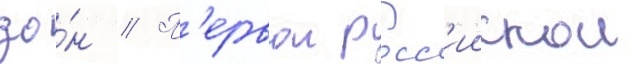
зо́н // П'ервои росс'иискои